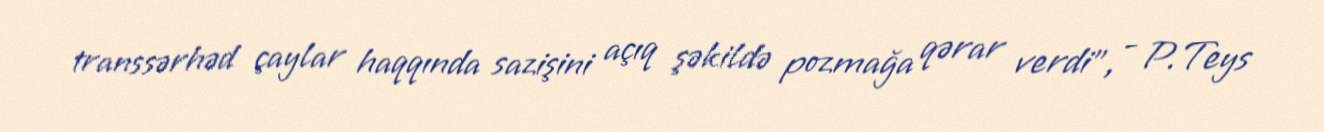
transsərhəd çaylar haqqında sazişini açıq şəkildə pozmağa qərar verdi", - P.Teys